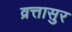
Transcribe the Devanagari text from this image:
व्रत्तासुर